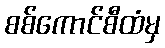
စစ်ကောင်စီထံမှ